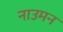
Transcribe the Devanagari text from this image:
नाउमन